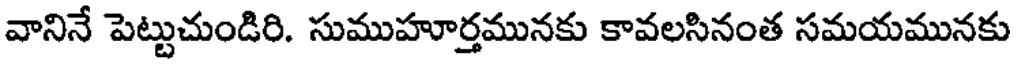
వానినే పెట్టుచుండిరి. సుముహూర్తమునకు కావలసినంత సమయమునకు